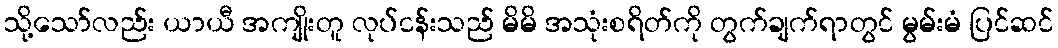
သို့သော်လည်း ယာယီ အကျိုးတူ လုပ်ငန်းသည် မိမိ အသုံးစရိတ်ကို တွက်ချက်ရာတွင် မွမ်းမံ ပြင်ဆင်